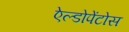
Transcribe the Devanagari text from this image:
ऐल्डोपेंटोस